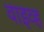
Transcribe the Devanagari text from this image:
वाइव्ह